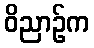
ဝိညာဉ်က